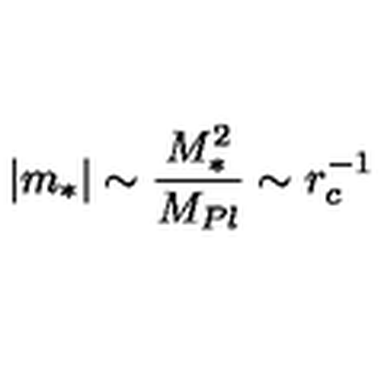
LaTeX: | m _ { * } | \sim \frac { M _ { * } ^ { 2 } } { M _ { P l } } \sim r _ { c } ^ { - 1 }